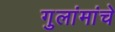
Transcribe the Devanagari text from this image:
गुलांमांचे